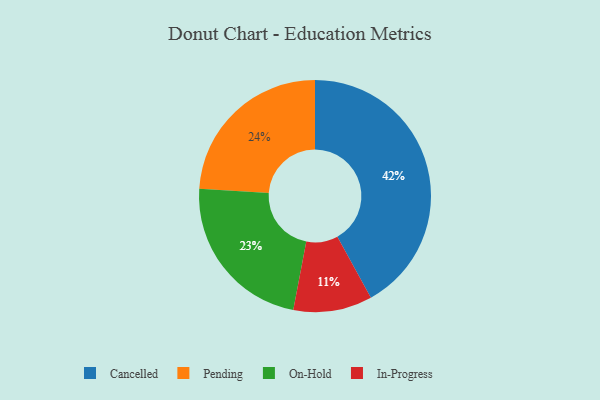
{"axis": {"x": "Category", "y": "Percentage"}, "legend": ["Cancelled", "In-Progress", "On-Hold", "Pending"], "data": [{"x": "On-Hold", "y": 23, "type": "On-Hold"}, {"x": "In-Progress", "y": 11, "type": "In-Progress"}, {"x": "Pending", "y": 24, "type": "Pending"}, {"x": "Cancelled", "y": 42, "type": "Cancelled"}]}